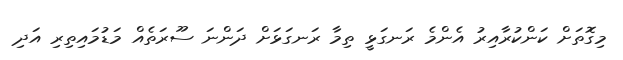
މިގޮތަށް ކަންކުރާއިރު އެންމެ ރަނގަޅީ ތިމާ ރަނގަޅަށް ދަންނަ ސޫރަތެއް މަޑުމައިތިރި އަދި